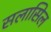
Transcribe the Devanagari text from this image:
सलासिल